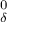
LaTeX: \mathbf { \Sigma } _ { \delta } ^ { 0 }